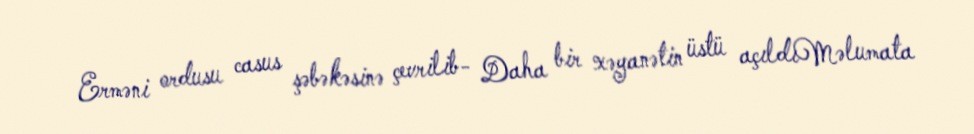
Erməni ordusu casus şəbəkəsinə çevrilib- Daha bir xəyanətin üstü açıldıMəlumata